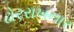
ઢોરરાખનાર